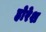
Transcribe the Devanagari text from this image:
होरेश